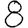
Digit: 8